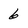
Character: 6